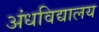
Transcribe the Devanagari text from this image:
अंधविद्यालय